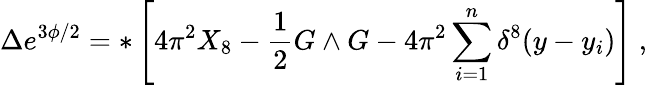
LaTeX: \Delta e^{3\phi/2}=*\left[4\pi^{2}X_{8}-{\frac{1}{2}}G\wedge G-4\pi^{2}\sum_{i=1}^{n}\delta^{8}(y-y_{i})\right]\ ,